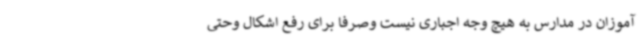
آموزان در مدارس به هیچ وجه اجباری نیست وصرفاً برای رفع اشکال وحتی